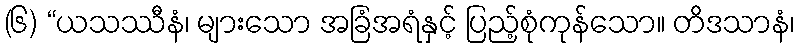
(၆) “ယသဿီနံ၊ များသော အခြံအရံနှင့် ပြည့်စုံကုန်သော။ တိဒသာနံ၊